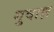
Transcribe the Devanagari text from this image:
गुवाक्ष